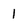
Character: 1